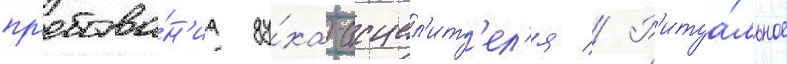
пр'ебыва́н'иа ду́ха-исцел'ит'ел'я // Р'итуа́льное